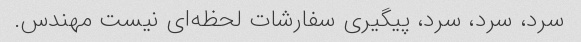
سرد، سرد، سرد، پیگیری سفارشات لحظه‌ای نیست مهندس.